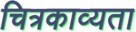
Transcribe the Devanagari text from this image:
चित्रकाव्यता